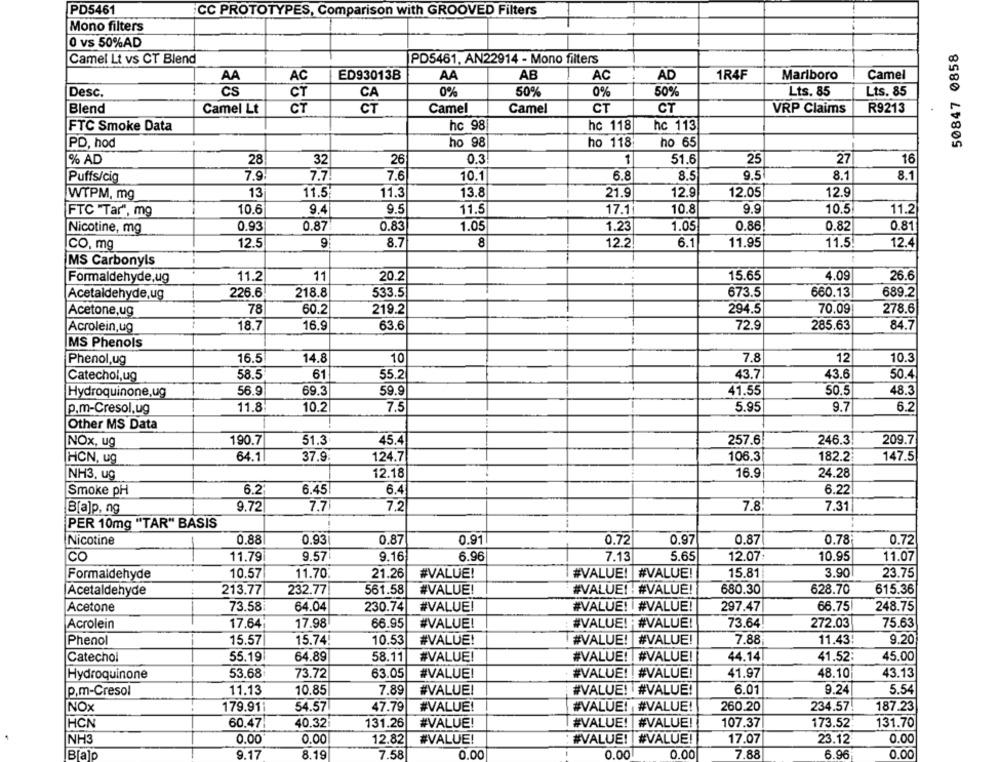
PD5461
CC PROTOTYPES, Comparison with GROOVED Filters
Mono filters
0 vs 50%AD
50847 0858
Camel Lt vs CT Blend
PD5461, AN22914 - Mono filters
ED93013B
AA
AB
AC
AD
1R4F
Marlboro
Camel
AA
AC
CS
0%
50%
Lts. 85
Lts. 85
Desc.
CT
CA
0%
50%
Blend
Camel Lt
CT
CT
Camel
Camel
CT
CT
VRP Claims
R9213
FTC Smoke Data
hc 98
hc 118
hc 113
PD, hod
ho 98
ho 118
ho 65
% AD
28
32
26
0.3
1
51.6
25
27
16
7.9.
7.7
7.6
6.8
8.5
9,5
8.1
Puffs/cig
10.1
8.1
WTPM, mg
13
11.5
11.3
13.8
21.9
12.9
12.05
12.9
FTC "Tar", mg
10.6
9.
9.5
11.5
17.1
10.
9.9
10.5
11.2
Nicotine, mg
0.93
0.87
0.83
1.05
1.23
1.05
0.86
0.82
0.81
CO, mg
12.5
9
8.7
8
12.2
6.1
11,95
11.5!
12.4
-
MS Carbonyls
Formaldehyde,ug
11.2
11
20.2
15.65
4.09
26.6
Acetaldehyde,ug
226.6
218.8
533.5
673.5
660.13
689.2
Acetone,ug
78
60.2
219.2
294.5
70.09
278.6
18.7
16.9
63.6
72.9
285.63
84.7
Acrolein,ug
MS Phenols
16.5
14.8
10
7.8
12
10.3
Phenol,ug
Catechol,ug
58.5
61
55.2
43.7
43.6
50.4
Hydroquinone,ug
56.9
69.3
59.9
41.55
50.5
48.3
p.m-Cresol,ug
11.8
10.2
7.5
5.95
9.7
6.2
Other MS Data
NOx, ug
190.7
51.3
45.4
257.6
246.3
209.7
64.1
37.9
124.7
106.3
182.2:
147.5
HCN, ug
12.18
16.9
NH3, ug
24.28
Smoke pH
6.2
6.45!
6.4
6.22
B[a]p, ng
9.72
7.7
7.2
7.8
7.31
PER 10mg "TAR" BASIS
Nicotine
0.88
0.93
0.87
0.91
0.72
0.97
0.87
0.78
0.72
CO
11.79
9.57
9.16
6.96
7.13
5.65
12.07:
10.95
11.07
Formaldehyde
10.57
11.70
21.26
#VALUE!
#VALUE! |#VALUE!
15.81
3.90
23.75
Acetaldehyde
:
213.77
232.77
561.58
#VALUE!
#VALUE! : #VALUE!
680.30
628.70
615.36
Acetone
73.58
64.04
230.74
#VALUE!
#VALUE! | #VALUE!
297.47
66.75
248.75
Acrolein
17,64
17,98
66.95
#VALUE!
#VALUE! #VALUE!
73.64
272.03
75.63
Phenol
15.57
15.74!
10.53
#VALUE!
#VALUE!
#VALUE! #VALUE!
7.88
11.43!
9.20
64.89
Catechol
55.19
58.11
#VALUE!
#VALUE! | #VALUE!
44.14
41,52:
45.00
Hydroquinone
53.68
73.72
63.05
#VALUE!
#VALUE! ! #VALUE!
41.97
48.10
43.13
p.m-Cresol
11.13
10.85
7.89
#VALUE!
#VALUE! #VALUE!
6.01
9.24
5.54
NOX
179.911
54.57
47.79
#VALUE!
#VALUE! #VALUE!
260.20
234.57
187.23
HCN
60.47:
40.32
131.26
#VALUE!
#VALUE! | #VALUE!
107.37
173.52
131.70
NH3
0.00
0.00
12.82
#VALUE!
#VALUE! |#VALUE!
17.07
23.12
0.00
Blalo
9.17
8.19
7.58
0.00
0.00
0.00
7.88
6.96
0.00